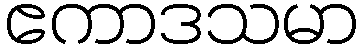
ဧကာဒသမာ